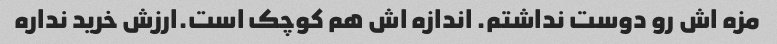
مزه اش رو دوست نداشتم. اندازه اش هم کوچک است.ارزش خرید نداره